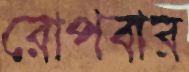
রোপবার